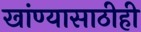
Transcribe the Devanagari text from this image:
खांण्यासाठीही